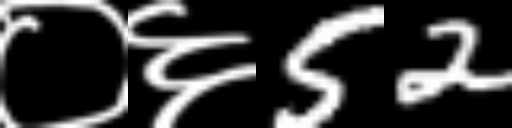
Text: ०६52